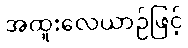
အထူးလေယာဉ်ဖြင့်